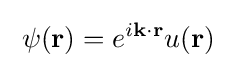
\;\psi (\mathbf {r} )=e^{i\mathbf {k} \cdot \mathbf {r} }u(\mathbf {r} )